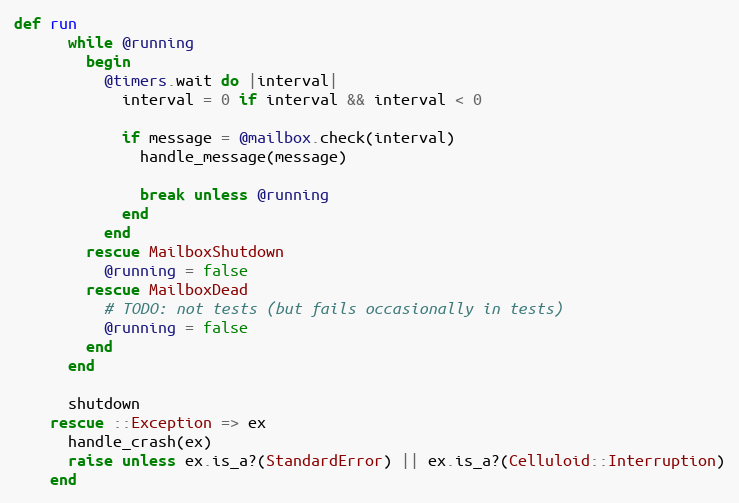
Language: Ruby
def run
      while @running
        begin
          @timers.wait do |interval|
            interval = 0 if interval && interval < 0

            if message = @mailbox.check(interval)
              handle_message(message)

              break unless @running
            end
          end
        rescue MailboxShutdown
          @running = false
        rescue MailboxDead
          # TODO: not tests (but fails occasionally in tests)
          @running = false
        end
      end

      shutdown
    rescue ::Exception => ex
      handle_crash(ex)
      raise unless ex.is_a?(StandardError) || ex.is_a?(Celluloid::Interruption)
    end